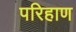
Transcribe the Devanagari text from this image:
परिहाण